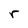
Character: r